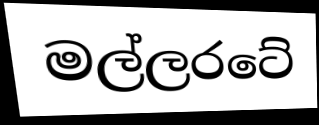
මල්ලරටේ